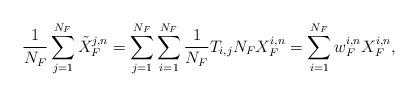
LaTeX: \begin{align*}\frac{1}{N_{F}}\sum^{N_{F}}_{j=1}\tilde{X}_{F}^{j, n}=\sum^{N_{F}}_{j=1}\sum^{N_{F}}_{i=1}\frac{1}{N_{F}}T_{i,j}N_{F}X_{F}^{i, n}=\sum^{N_{F}}_{i=1}w_{F}^{i, n}X_{F}^{i, n},\end{align*}